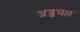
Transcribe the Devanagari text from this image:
अड्डचल्ल